Document type: Sale
Year: 1275
Scribe: Salvador de Baiona
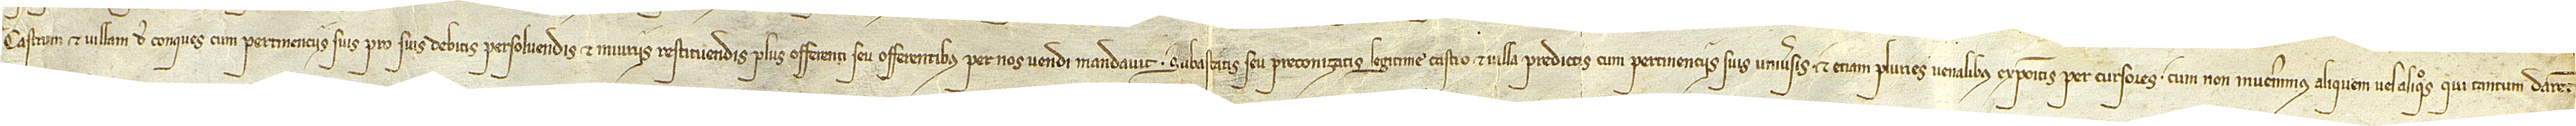
castrum et villam de Conques, cum pertinenciis suis, pro suis debitis persolvendis et iniuriis restituendis plus offerenti seu offerentibus per nos vendi mandavit, subastatis seu preconizatis legitime castro et villa predictis, cum pertinenciis suis universis, et etiam pluries venalibus expositis per cursores, cum non invenerimus aliquem vel aliquos qui tantum dare